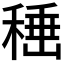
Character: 𮃙